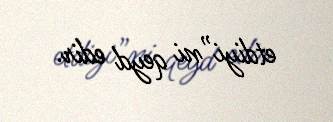
etdiyi”ni qeyd edir.